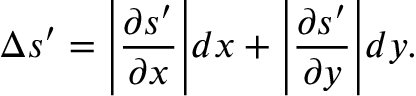
\Delta s ^ { \prime } = \Bigg | \frac { \partial s ^ { \prime } } { \partial x } \Bigg | d x + \Bigg | \frac { \partial s ^ { \prime } } { \partial y } \Bigg | d y .